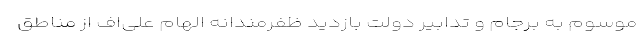
موسوم به برجام و تدابیر دولت بازدید ظفرمندانه الهام علی‌اف از مناطق